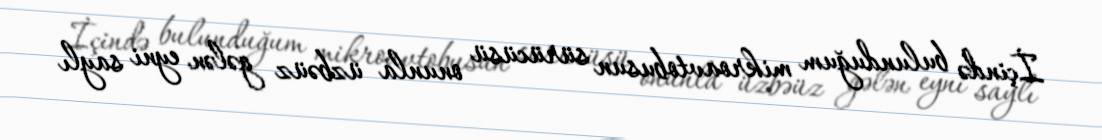
İçində bulunduğum mikroavtobusun sürücüsü onunla üzbəüz gələn eyni saylı